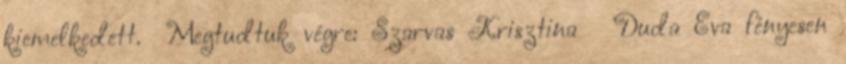
kiemelkedett. Megtudtuk végre: Szarvas Krisztina Duda Éva fényesen